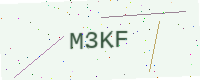
Text: M3KF